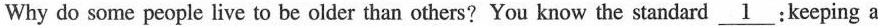
Why do some people live to be older than others?You know the standard \underline{1} :keeping a